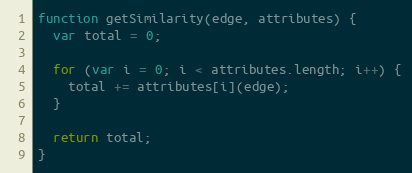
Language: JavaScript
function getSimilarity(edge, attributes) {
  var total = 0;

  for (var i = 0; i < attributes.length; i++) {
    total += attributes[i](edge);
  }

  return total;
}